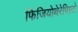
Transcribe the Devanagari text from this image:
फिजियोथेरेपिस्टो